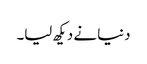
دنیا نے دیکھ لیا۔